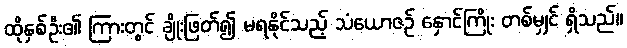
ထိုနှစ်ဦး၏ ကြားတွင် ချိုးဖြတ်၍ မရနိုင်သည့် သံယောဇဉ် နှောင်ကြိုး တစ်မျှင် ရှိသည်။